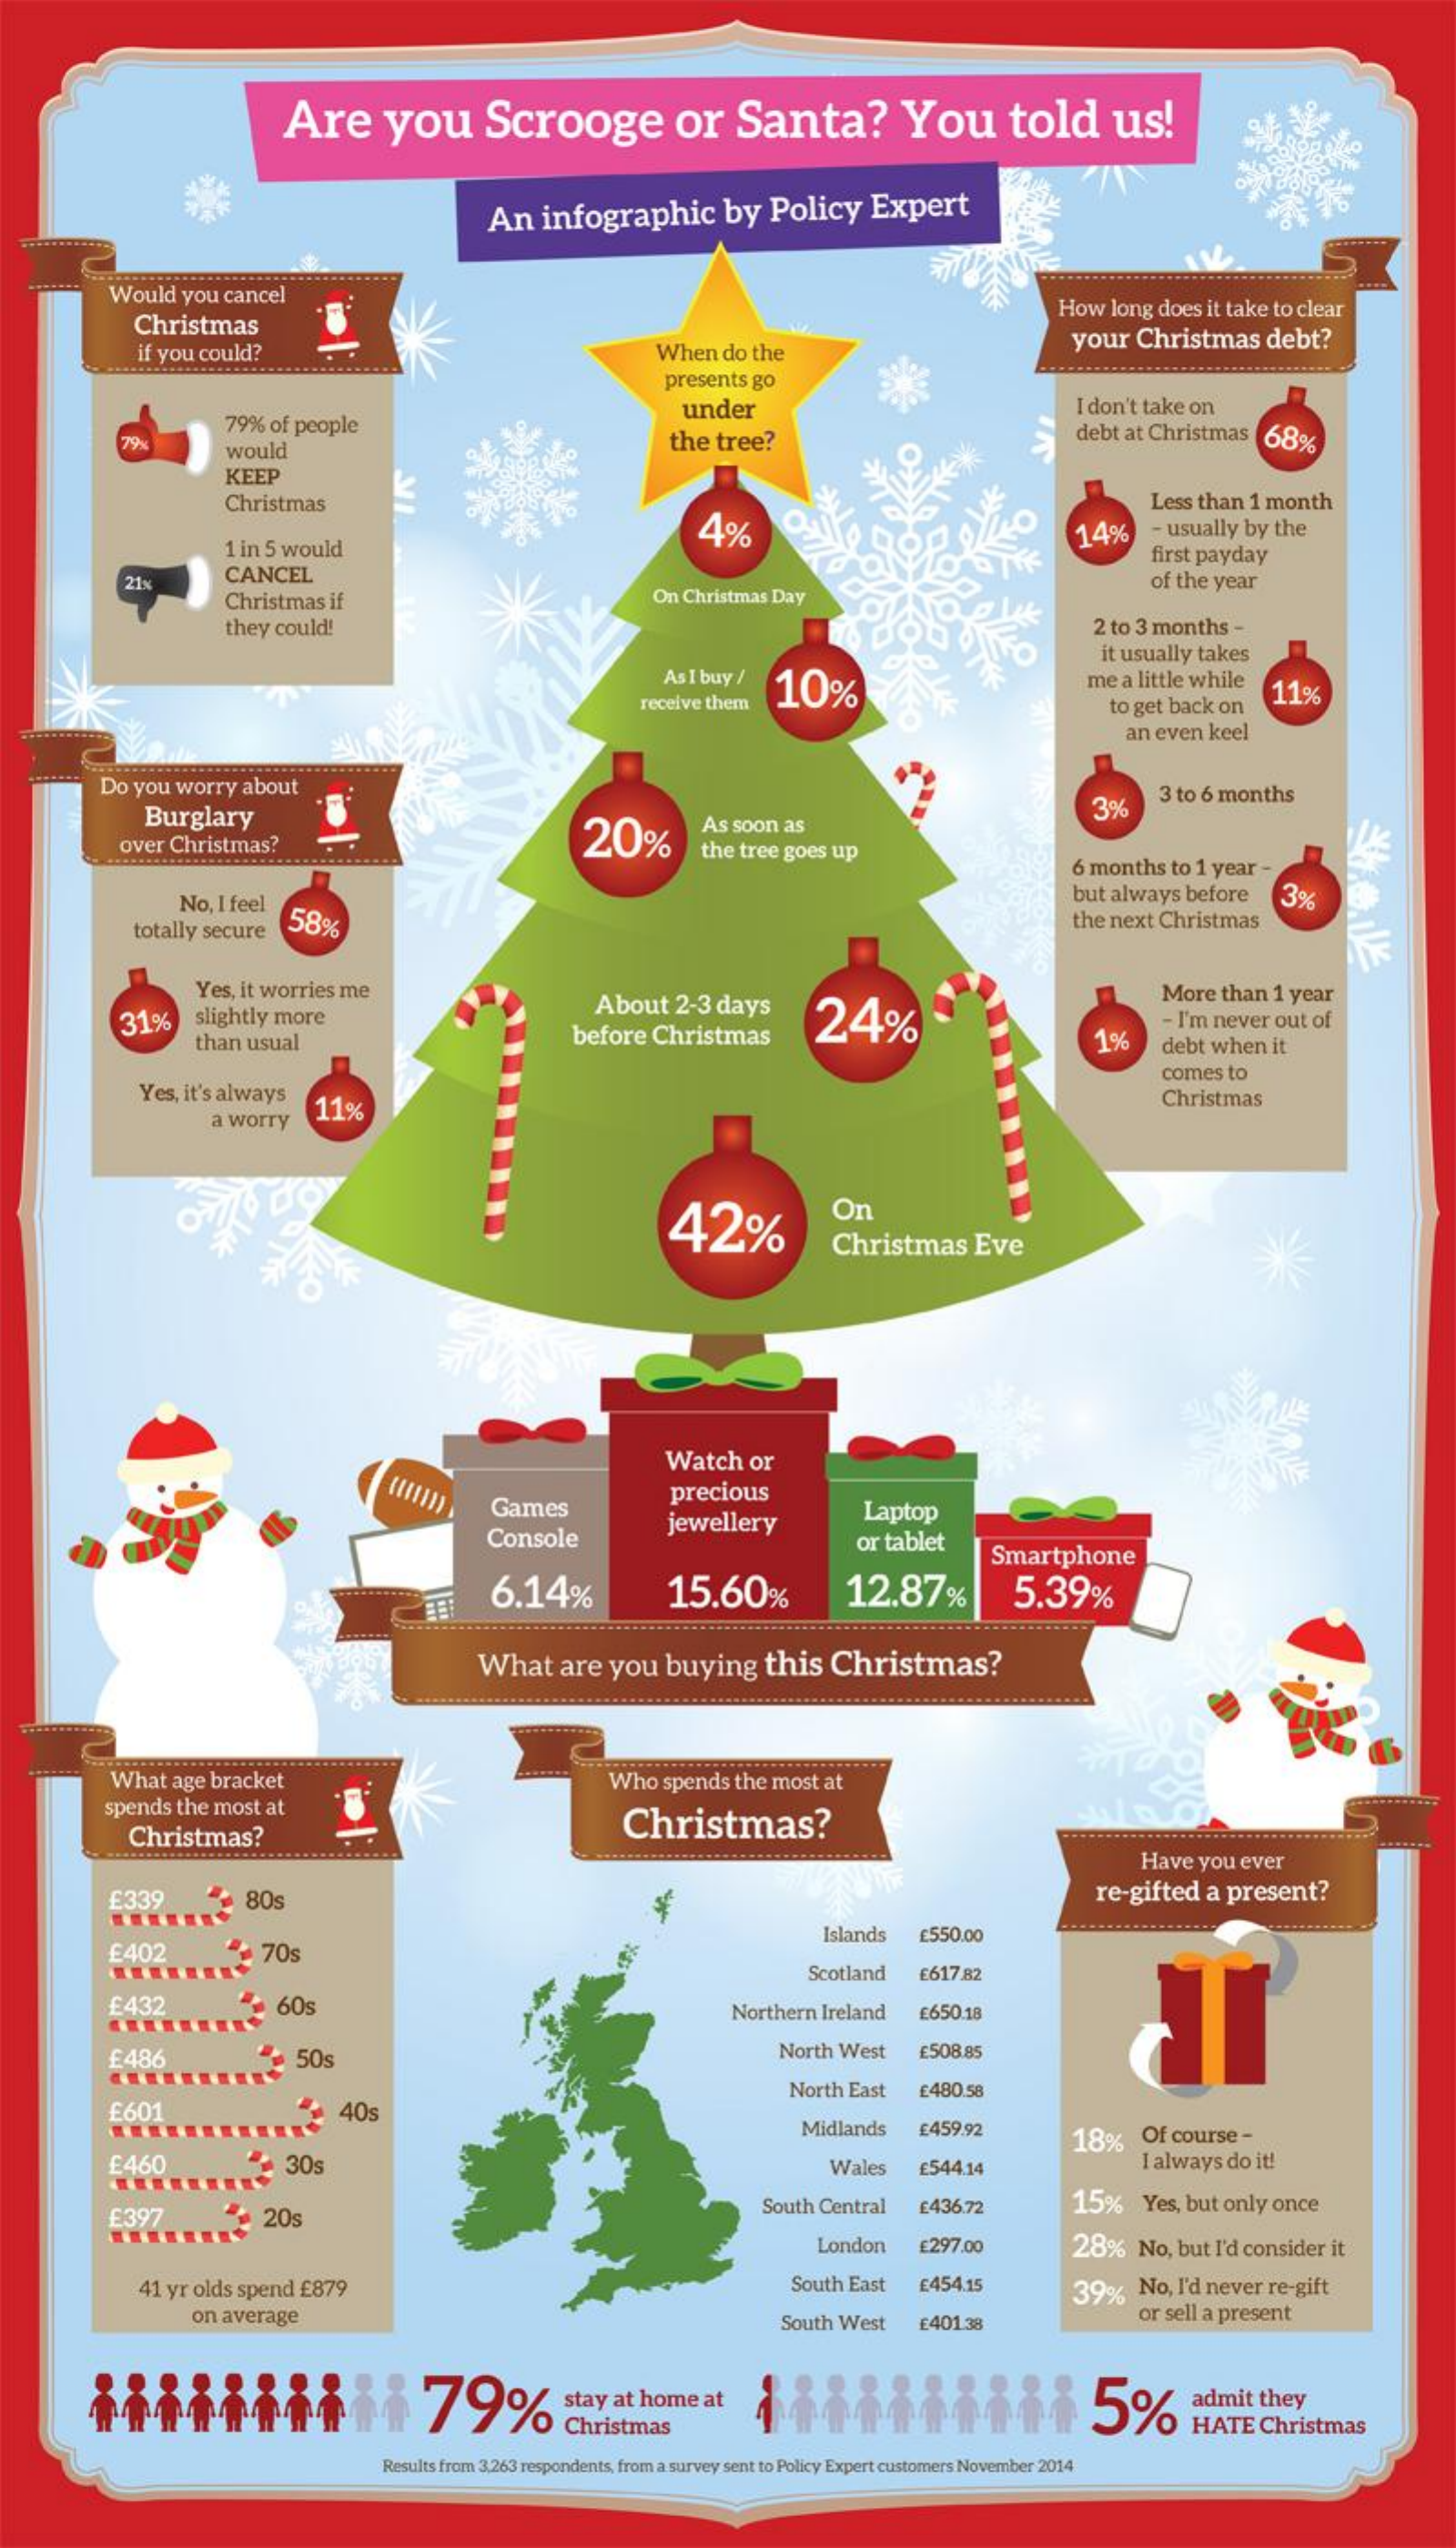
Are    you    Scrooge    or    Santa?    You    told    us!
     An   infographic    by   Policy    Expert
     Would   you  cancel
     .............
     Christmas
     How  long  does it take to clear
     if you could?    When   do the
     your   Christmas    debt?
     presents go
     79% of people
     under    I don't take on
     79%
     would    the tree?    debt at Christmas    68%
     KEEP
     Christmas
     4%
     Less than  1 month
     1 in 5 would
     14%    - usually by  the
     21%    CANCEL
     first payday
     Christmas  if    On Christmas  Day
     of the year
     they could!    2 to 3 months   -
     As I buy /
     it usually takes
     10%    me  a little while
     receive them    to get back on
     11%
     an  even keel
     Do  you  worry  about
     Burglary
     3 to 6 months
     over Christmas?    20%
     As soon  as
     3%
     the tree goes up
     6 months   to 1 year  -
     No, I feel
     58%
     but always   before    3%
     totally secure    the next  Christmas
     Yes, it worries me
     31%    slightly more
     About    2-3 days
     24%
     More   than  1 year
     before   Christmas    1%
     - I'm never out of
     than  usual    debt when  it
     Yes, it's always
     comes  to
     11%    Christmas
     a worry
     42%
     On
     Christmas    Eve
     Watch    or
     Games
     precious
     Console
     jewellery    Laptop
     or tablet
     15.60%
     Smartphone
     6.14%    12.87%    5.39%
     What    are  you   buying    this   Christmas?
     What  age bracket    Who  spends   the most  at
     spends  the most  at
     Christmas?    Christmas?
     Have  you  ever
     £339    80    re-gifted   a  present?
     £402    70s
     Islands    £550.00
     Scotland    € 617.82
     £432    60    Northern  Ireland    £650.18
     £486    50s    North West    £508.85
     £601    40s
     North East    £480.58
     Midlands    £459.92
     18%    Of course  -
     £460    30s    Wales    £544.14    I always  do it!
     £397    20
     South Central    £436.72    15%    Yes, but only  once
     London    £297.00    28%    No,  but I'd consider it
     41 yr olds spend  £879    South East    £454.15    39%    No, I'd never re-gift
     on average    South West    £401.38    or sell a present
     iiiiiiiiii    79%    stay  at home   at
     Christmas
     admit  they
     HATE   Christmas
     Results from 3.263 respondents, from a survey sent to Policy Expert customers November 2014